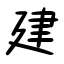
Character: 建